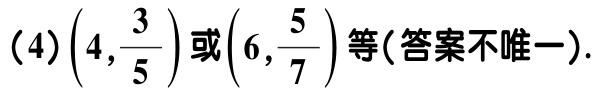
(4)$\left(4,\frac{3}{5}\right)$或$\left(6,\frac{5}{7}\right)$等(答案不唯一).